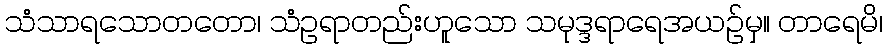
သံသာရသောတတော၊ သံဥရာတည်းဟူသော သမုဒ္ဒရာရေအယဉ်မှ။ တာရေမိ၊